Note on the mental hospitals in Burma - 1925-1940
Year: 1925
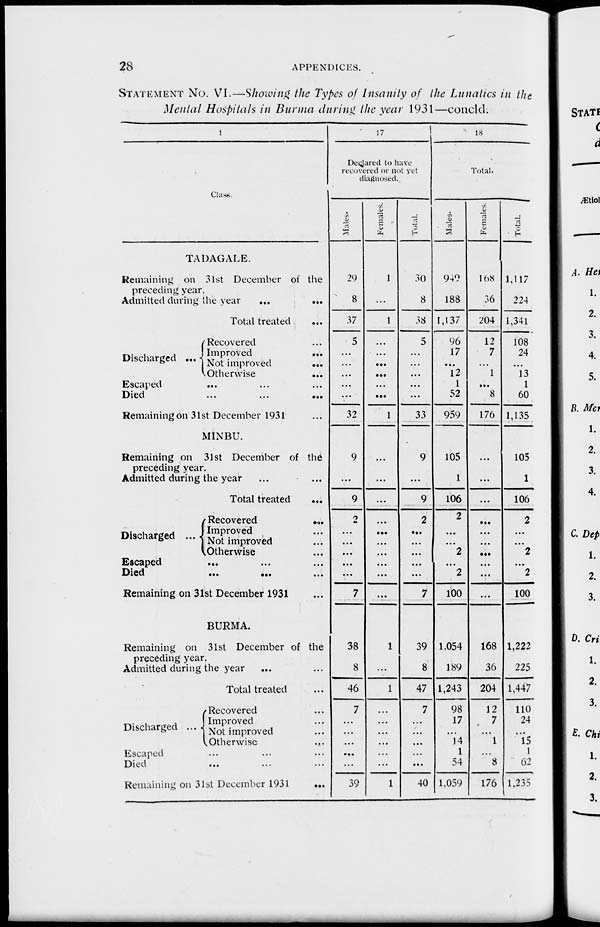
28
APPENDICES.
STATEMENT NO. VI.—Showing the Types of Insanity of the Lunatics in the
Mental Hospitals in Burma during the year 1931—concld.
1
Class.
TADAGALE.
Remaining on 31st December of the
preceding year.
Admitted during the year ... ...
Total treated ...
Discharged ...
Recovered ...
Improved
...
Not improved
...
Otherwise
...
Escaped ... ... ...
Died ... ... ...
Remaining On 31st December 1931 ...
MINBU.
Remaining on 31st December of the
preceding year.
Admitted during the year ... ...
Total treated
...
Discharged ...
Recovered
...
Improved ...
Not improved ...
Otherwise ...
Escaped ... ... ...
Died
...
...
...
Remaining on 31st December 1931 ...
BURMA.
Remaining on 31st December of the
preceding year.
Admitted during the year ... ...
Total treated ...
Discharged ...
Recovered ...
Improved ...
Not improved ...
Otherwise
...
Escaped ... ... ...
Died
...
...
...
Remaining on 31st December 1931
...
17
Declared to have
recovered or not yet
diagnosed.
Males.
29
8
37
5
...
...
...
...
...
32
9
...
9
2
...
...
...
...
...
7
38
8
46
7
...
...
...
...
...
39
Females.
1
...
1
...
...
...
...
...
...
1
...
...
...
...
...
...
...
...
...
...
1
...
1
...
...
...
...
...
...
1
Total.
30
8
38
5
...
...
...
...
...
33
9
...
9
2
...
...
...
...
...
7
39
8
47
7
...
...
...
...
...
40
18
Total.
Males.
949
188
1,137
96
17
...
12
1
52
959
105
1
106
2
...
...
2
...
2
100
1,054
189
1,243
98
17
...
14
1
54
1,059
Females.
168
36
204
12
7
...
1
...
8
176
...
...
...
...
...
...
...
...
...
...
168
36
204
12
7
...
1
...
8
176
Total.
1,117
224
1,341
108
24
...
13
1
60
1,135
105
1
106
2
...
...
2
...
2
100
1,222
225
1,447
110
24
...
15
1
62
1,235